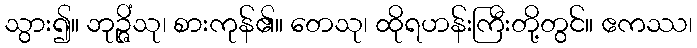
သွား၍။ ဘုဉ္ဇိံသု၊ စားကုန်၏။ တေသု၊ ထိုရဟန်းကြီးတို့တွင်။ ဧကဿ၊